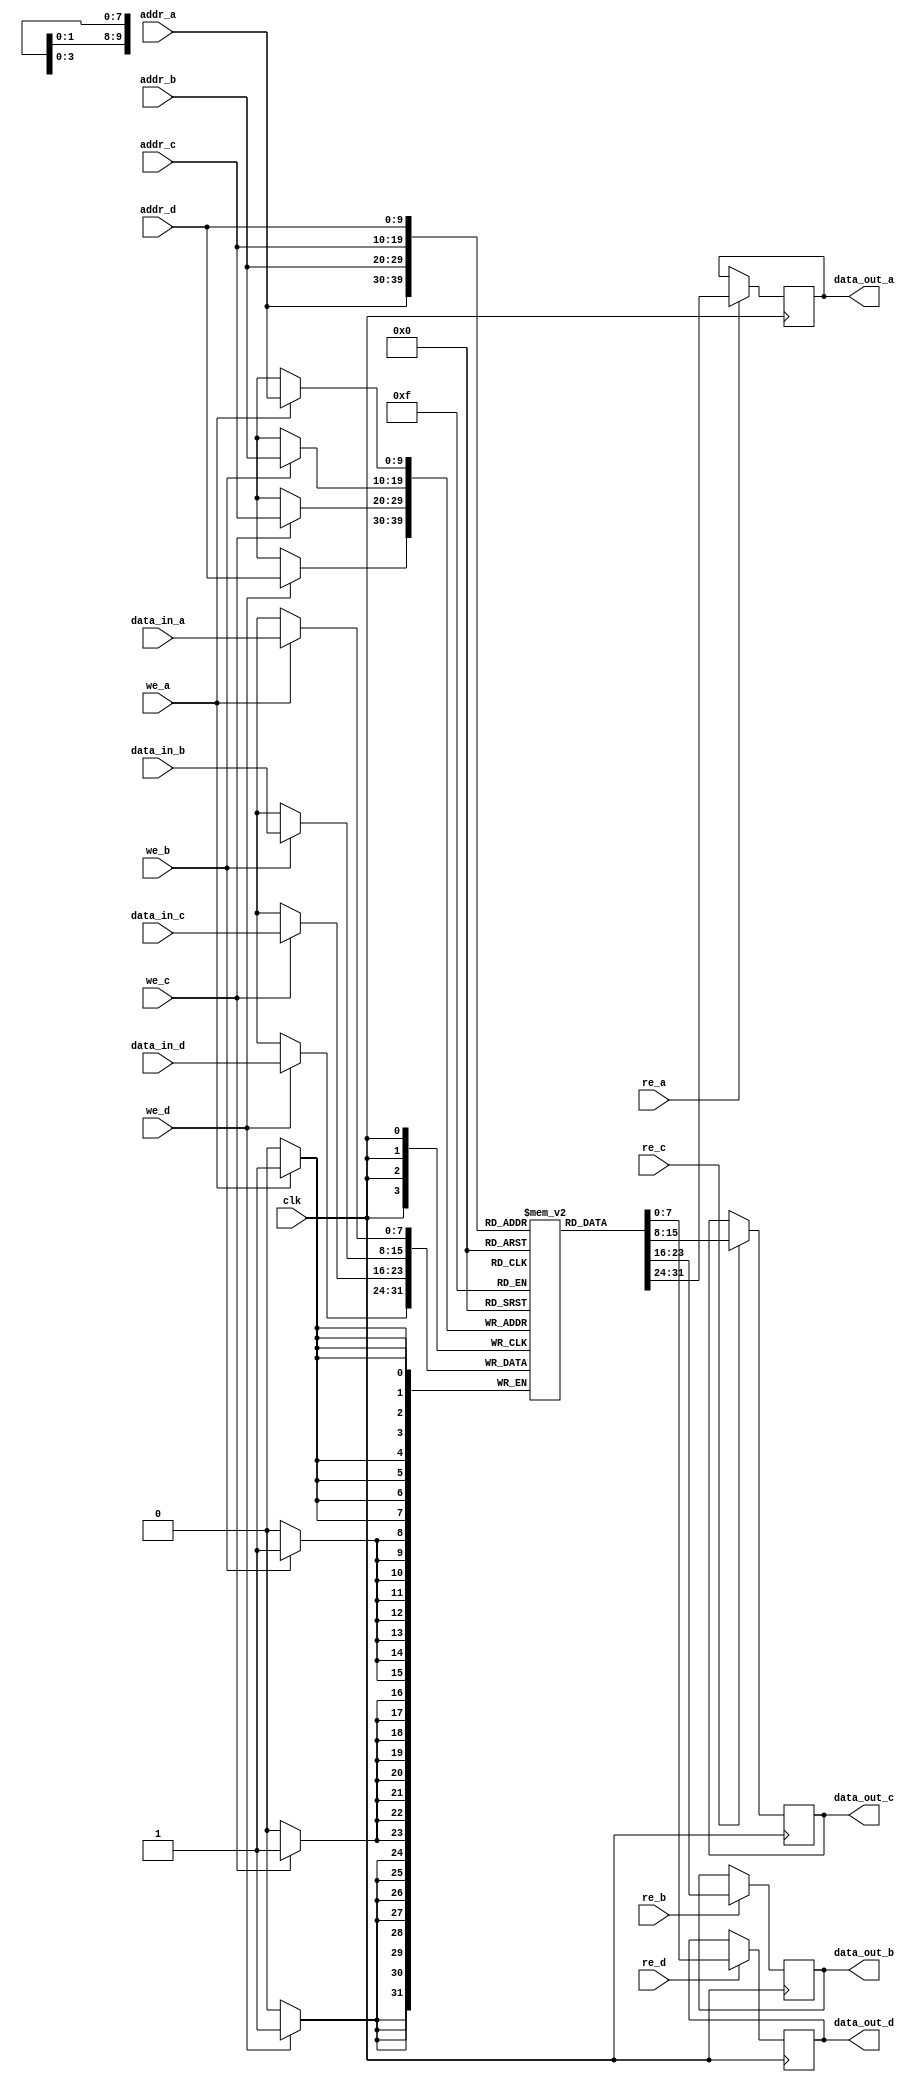
module quad_port_ram #(
    parameter N = 10, // Number of address bits
    parameter M = 8    // Number of data bits
) (
    input wire clk, // Clock input
    input wire [N-1:0] addr_a, // Address input for Port A
    input wire [N-1:0] addr_b, // Address input for Port B
    input wire [N-1:0] addr_c, // Address input for Port C
    input wire [N-1:0] addr_d, // Address input for Port D
    input wire we_a, // Write enable for Port A
    input wire we_b, // Write enable for Port B
    input wire we_c, // Write enable for Port C
    input wire we_d, // Write enable for Port D
    input wire re_a, // Read enable for Port A
    input wire re_b, // Read enable for Port B
    input wire re_c, // Read enable for Port C
    input wire re_d, // Read enable for Port D
    input wire [M-1:0] data_in_a, // Data input for Port A
    input wire [M-1:0] data_in_b, // Data input for Port B
    input wire [M-1:0] data_in_c, // Data input for Port C
    input wire [M-1:0] data_in_d, // Data input for Port D
    output reg [M-1:0] data_out_a, // Data output for Port A
    output reg [M-1:0] data_out_b, // Data output for Port B
    output reg [M-1:0] data_out_c, // Data output for Port C
    output reg [M-1:0] data_out_d  // Data output for Port D
);

    // Memory array declaration
    reg [M-1:0] ram [(1<<N)-1:0]; // 2^N addresses of M bits each

    always @(posedge clk) begin
        // Port A Operations
        if (we_a)
            ram[addr_a] <= data_in_a; // Write data
        if (re_a)
            data_out_a <= ram[addr_a]; // Read data
        
        // Port B Operations
        if (we_b)
            ram[addr_b] <= data_in_b; // Write data
        if (re_b)
            data_out_b <= ram[addr_b]; // Read data

        // Port C Operations
        if (we_c)
            ram[addr_c] <= data_in_c; // Write data
        if (re_c)
            data_out_c <= ram[addr_c]; // Read data

        // Port D Operations
        if (we_d)
            ram[addr_d] <= data_in_d; // Write data
        if (re_d)
            data_out_d <= ram[addr_d]; // Read data
    end

endmodule